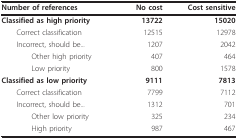
<table><thead><tr><td><b>Number of references</b></td><td><b>No cost</b></td><td><b>Cost sensitive</b></td></tr></thead><tbody><tr><td><b>Classified as high priority</b></td><td><b>13722</b></td><td><b>15020</b></td></tr><tr><td> Correct classification</td><td>12515</td><td>12978</td></tr><tr><td> Incorrect, should be...</td><td>1207</td><td>2042</td></tr><tr><td>Other high priority</td><td>407</td><td>464</td></tr><tr><td>Low priority</td><td>800</td><td>1578</td></tr><tr><td><b>Classified as low priority</b></td><td><b>9111</b></td><td><b>7813</b></td></tr><tr><td> Correct classification</td><td>7799</td><td>7112</td></tr><tr><td> Incorrect, should be...</td><td>1312</td><td>701</td></tr><tr><td>Other low priority</td><td>325</td><td>234</td></tr><tr><td>High priority</td><td>987</td><td>467</td></tr></tbody></table>